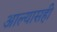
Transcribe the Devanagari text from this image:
आल्यासही